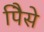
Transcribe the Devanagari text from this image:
पैिसे